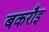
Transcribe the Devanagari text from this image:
बकरौइ